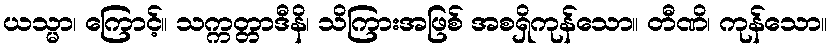
ယသ္မာ၊ ကြောင့်။ သက္ကတ္တာဒီနိ၊ သိကြားအဖြစ် အစရှိကုန်သော။ တီဏိ၊ ကုန်သော။